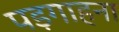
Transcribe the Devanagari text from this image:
पड़गाहना